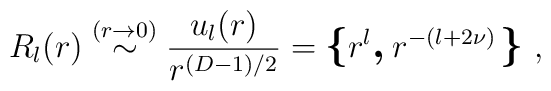
R_{l}(r)  \stackrel{(r \rightarrow 0 )}{\sim}\frac{u_{l}(r)}{r^{( {D} - 1)/2  }}=\mbox{\boldmath\large  $\left\{  \right.$ } \! \! \!r^{l}\mbox{\boldmath\large  $,$ }  \!r^{-(l + 2 \nu)}\mbox{\boldmath\large  $\left.  \right\}$ } \! \!\;    ,